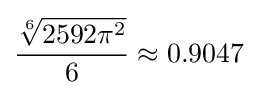
{\frac {\sqrt[{6}]{2592\pi ^{2}}}{6}}\approx 0.9047